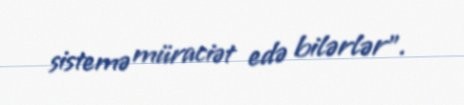
sistemə müraciət edə bilərlər".